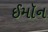
ઈમૉન